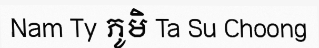
Nam Ty ភូមិ Ta Su Choong